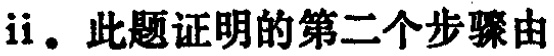
ii。此题证明的第二个步骤由